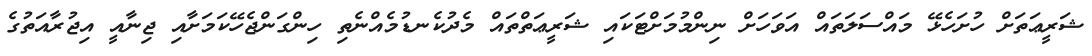
ޝަރީޢަތަށް ހުށަހެޅޭ މައްސަލަތައް އަވަހަށް ނިންމުމަށްޓަކައި ޝަރީޢަތްތައް މެދުކެނޑުމެއްނެތި ހިންގަންޖެހޭކަމަށާއި ޖިނާއީ އިޖުރާއަތުގެ